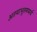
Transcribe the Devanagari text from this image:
अतथाभूतमप्यर्थ